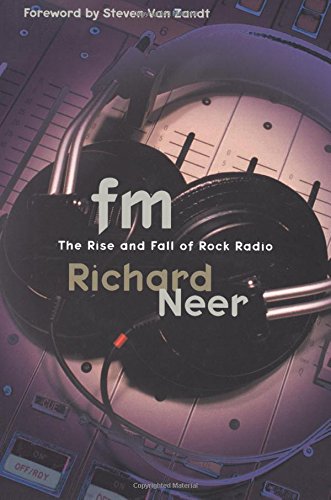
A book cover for FM: The Rise and Fall of Rock Radio; Richard Neer; Humor & Entertainment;